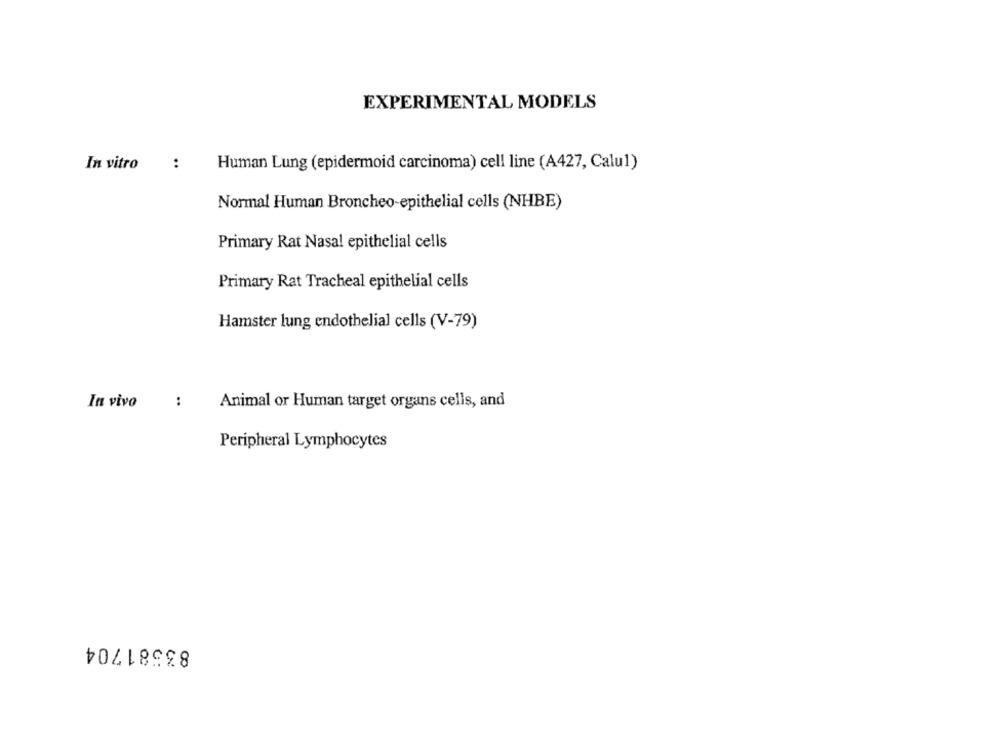
EXPERIMENTAL MODELS
In vitro
:
Human Lung (epidermoid carcinoma) cell line (A427, Calu1)
Normal Human Broncheo-epithelial cells (NHBE)
Primary Rat Nasal epithelial cells
Primary Rat Tracheal epithelial cells
Hamster lung endothelial cells (V-79)
In vivo
:
Animal or Human target organs cells, and
Peripheral Lymphocytes
83581704